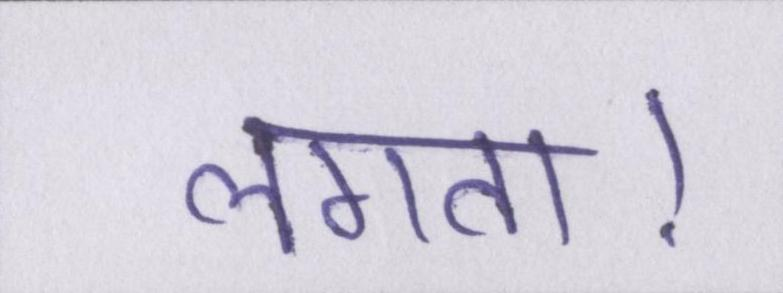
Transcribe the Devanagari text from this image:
लगता।